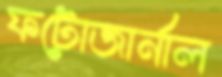
ফটোজার্নাল